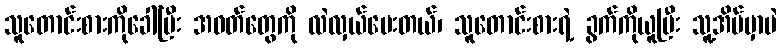
သူတောင်းစားကိုခေါ်ပြီး အဝတ်တွေကို လဲလှယ်ပေးတယ်၊ သူတောင်းစားရဲ့ ခွက်ကိုယူပြီး သူ့အိမ်မှာပဲ